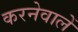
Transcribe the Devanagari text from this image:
करनेवालें